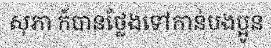
សុភា ក៍បានថ្លែងទៅកាន់បងប្អូន